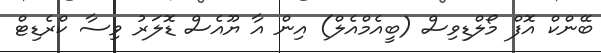
ބޭންކް އޮފް މޯލްޑިވިސް (ބީއެމްއެލް) އިން އާ ޔޫއެސް ޑޮލަރު ވިސާ ކްރެޑިޓް